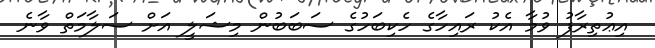
އިޢުތިރާފު ވުމާ އެކު ރައިހާގެ ހެކިބަހުގެ ސަބަބުން މިޝަލީ އަށް ސަލާމަތް ވާނެ